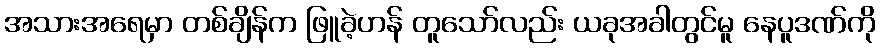
အသားအရေမှာ တစ်ချိန်က ဖြူခဲ့ဟန် တူသော်လည်း ယခုအခါတွင်မူ နေပူဒဏ်ကို